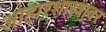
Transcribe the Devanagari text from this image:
आहारशास्त्रावर